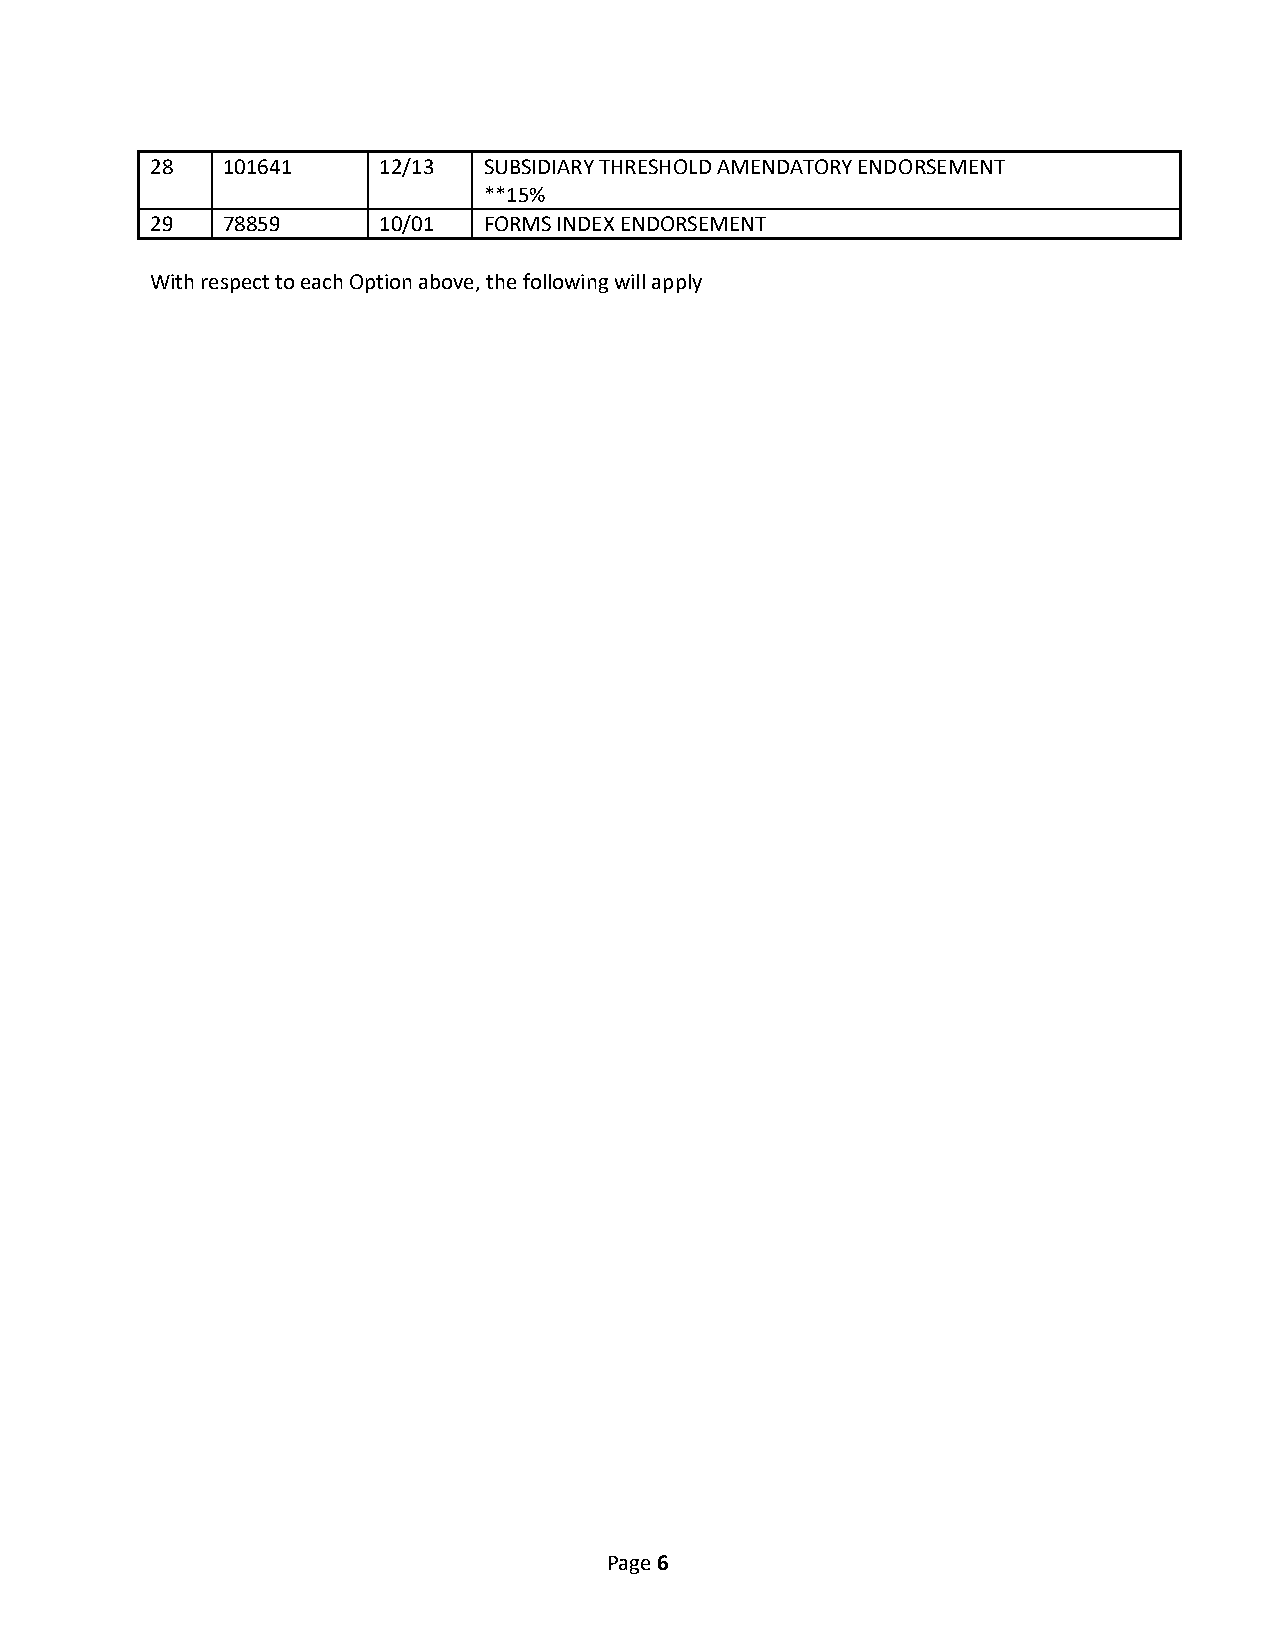
28   101641    12/13  SUBSIDIARY THRESHOLD AMENDATORY ENDORSEMENT
 **15%
 29   78859     10/01  FORMS INDEX ENDORSEMENT
 With respect to each Option above, the following will apply
 Page 6